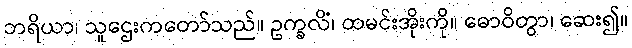
ဘရိယာ၊ သူဌေးကတော်သည်။ ဥက္ခလိံ၊ ထမင်းအိုးကို။ ဓောဝိတွာ၊ ဆေး၍။